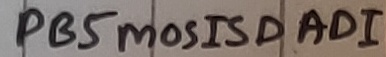
Text: PB5mosISDAD1